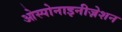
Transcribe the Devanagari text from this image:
ओस्पोनाइनीज़ेशन